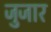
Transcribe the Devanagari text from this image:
जुजार